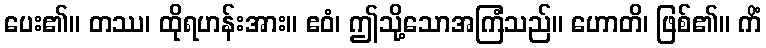
ပေး၏။ တဿ၊ ထိုရဟန်းအား။ ဧဝံ၊ ဤသို့သောအကြံသည်။ ဟောတိ၊ ဖြစ်၏။ ကိံ